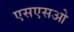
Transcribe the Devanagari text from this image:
एसएसओ